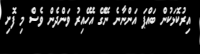
އިރުކޮޅަކުން ބައްޕަ އަންނާނެ ނޭގޭ އެހޭއިރު ވަންދެން ވެސް މި ފޮށި